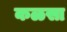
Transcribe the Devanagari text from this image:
कळसा